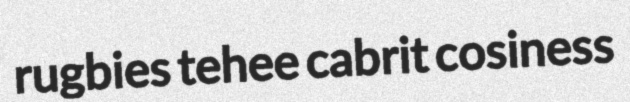
rugbies tehee cabrit cosiness